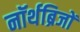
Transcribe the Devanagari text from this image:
नॉर्थब्रिजों